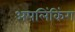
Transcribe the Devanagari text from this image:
अपलिंकिंग